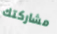
مشاركتك